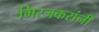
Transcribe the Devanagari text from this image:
मिरजकरांनी